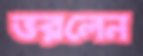
ভরলেন